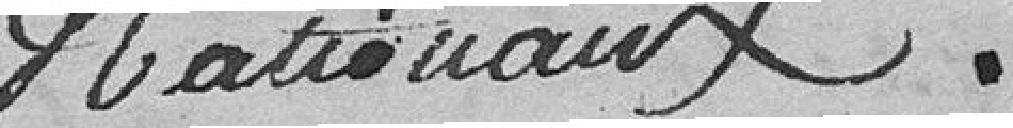
nationaux.